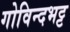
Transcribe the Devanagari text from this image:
गोविन्दभट्ट